Source: Handwritten
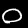
Digit: ၀ (0)